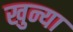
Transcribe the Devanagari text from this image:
खुन्या